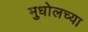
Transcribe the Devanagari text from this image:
मुधोलच्या